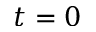
t = 0